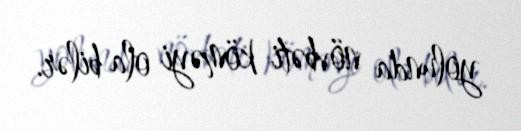
yolunda növbəti köməyi ola bilər.